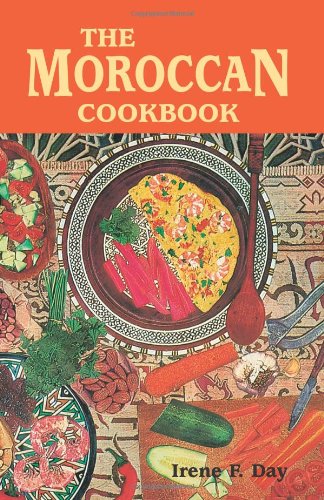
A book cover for Moroccan Cookbook, The; Irene Day; Cookbooks, Food & Wine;